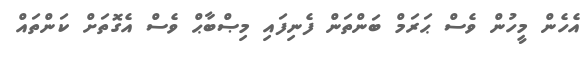
އެހެން މީހުން ވެސް ޙަރަމް ބަންތަން ފެނިފައި މިޞްބާޙް ވެސް އެގޮތަށް ކަންތައް